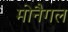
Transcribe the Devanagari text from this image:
मोनैगल